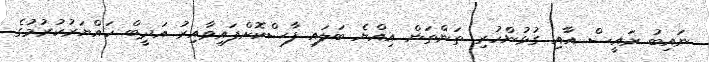
ނައިބު ރައީސް އާއި ގުޅުންހުރި ތަންތަން އިއްޔެ ބަލައި ފާސްކޮށްފައިވާއިރު އަދީބް ހައްޔަރުކުރުމުގެ